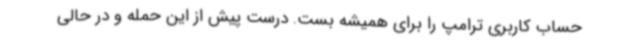
حساب کاربری ترامپ را برای همیشه بست. درست پیش از این حمله و در حالی